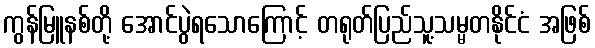
ကွန်မြူနစ်တို့ အောင်ပွဲရသောကြောင့် တရုတ်ပြည်သူ့သမ္မတနိုင်ငံ အဖြစ်